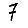
Digit: 7